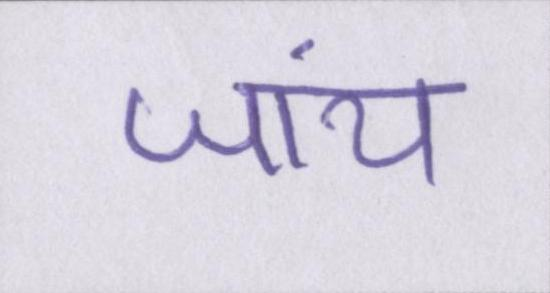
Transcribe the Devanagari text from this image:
जांय